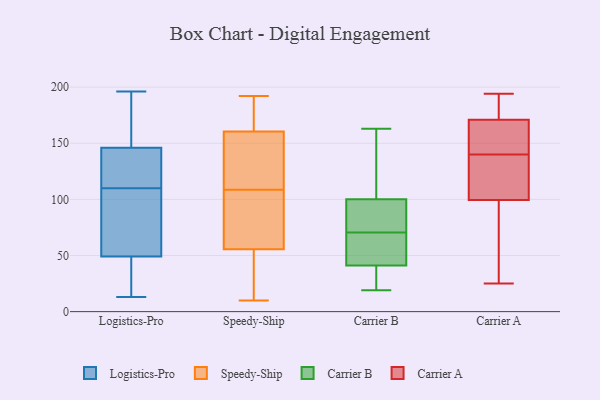
{"axis": {"x": "Budget (USD K)", "y": "Value"}, "legend": ["Carrier A", "Carrier B", "Logistics-Pro", "Speedy-Ship"], "data": [{"x": "", "y": 133, "type": "Logistics-Pro"}, {"x": "", "y": 110, "type": "Logistics-Pro"}, {"x": "", "y": 33, "type": "Logistics-Pro"}, {"x": "", "y": 54, "type": "Logistics-Pro"}, {"x": "", "y": 86, "type": "Logistics-Pro"}, {"x": "", "y": 193, "type": "Logistics-Pro"}, {"x": "", "y": 133, "type": "Logistics-Pro"}, {"x": "", "y": 196, "type": "Logistics-Pro"}, {"x": "", "y": 149, "type": "Logistics-Pro"}, {"x": "", "y": 178, "type": "Logistics-Pro"}, {"x": "", "y": 39, "type": "Logistics-Pro"}, {"x": "", "y": 135, "type": "Logistics-Pro"}, {"x": "", "y": 145, "type": "Logistics-Pro"}, {"x": "", "y": 101, "type": "Logistics-Pro"}, {"x": "", "y": 13, "type": "Logistics-Pro"}, {"x": "", "y": 51, "type": "Logistics-Pro"}, {"x": "", "y": 43, "type": "Logistics-Pro"}, {"x": "", "y": 183, "type": "Speedy-Ship"}, {"x": "", "y": 190, "type": "Speedy-Ship"}, {"x": "", "y": 120, "type": "Speedy-Ship"}, {"x": "", "y": 129, "type": "Speedy-Ship"}, {"x": "", "y": 21, "type": "Speedy-Ship"}, {"x": "", "y": 10, "type": "Speedy-Ship"}, {"x": "", "y": 67, "type": "Speedy-Ship"}, {"x": "", "y": 24, "type": "Speedy-Ship"}, {"x": "", "y": 98, "type": "Speedy-Ship"}, {"x": "", "y": 186, "type": "Speedy-Ship"}, {"x": "", "y": 111, "type": "Speedy-Ship"}, {"x": "", "y": 98, "type": "Speedy-Ship"}, {"x": "", "y": 106, "type": "Speedy-Ship"}, {"x": "", "y": 44, "type": "Speedy-Ship"}, {"x": "", "y": 192, "type": "Speedy-Ship"}, {"x": "", "y": 138, "type": "Speedy-Ship"}, {"x": "", "y": 100, "type": "Carrier B"}, {"x": "", "y": 58, "type": "Carrier B"}, {"x": "", "y": 64, "type": "Carrier B"}, {"x": "", "y": 19, "type": "Carrier B"}, {"x": "", "y": 114, "type": "Carrier B"}, {"x": "", "y": 41, "type": "Carrier B"}, {"x": "", "y": 77, "type": "Carrier B"}, {"x": "", "y": 87, "type": "Carrier B"}, {"x": "", "y": 163, "type": "Carrier B"}, {"x": "", "y": 29, "type": "Carrier B"}, {"x": "", "y": 34, "type": "Carrier A"}, {"x": "", "y": 37, "type": "Carrier A"}, {"x": "", "y": 99, "type": "Carrier A"}, {"x": "", "y": 191, "type": "Carrier A"}, {"x": "", "y": 170, "type": "Carrier A"}, {"x": "", "y": 25, "type": "Carrier A"}, {"x": "", "y": 188, "type": "Carrier A"}, {"x": "", "y": 155, "type": "Carrier A"}, {"x": "", "y": 28, "type": "Carrier A"}, {"x": "", "y": 103, "type": "Carrier A"}, {"x": "", "y": 100, "type": "Carrier A"}, {"x": "", "y": 194, "type": "Carrier A"}, {"x": "", "y": 113, "type": "Carrier A"}, {"x": "", "y": 175, "type": "Carrier A"}, {"x": "", "y": 155, "type": "Carrier A"}, {"x": "", "y": 115, "type": "Carrier A"}, {"x": "", "y": 145, "type": "Carrier A"}, {"x": "", "y": 172, "type": "Carrier A"}, {"x": "", "y": 162, "type": "Carrier A"}, {"x": "", "y": 135, "type": "Carrier A"}]}